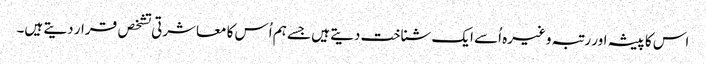
اس کا پیشہ اور رتبہ وغیرہ اُسے ایک شناخت دیتے ہیں جسے ہم اُس کا معاشرتی تشخص قرار دیتے ہیں۔